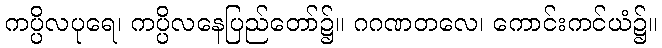
ကပ္ပိလပုရေ၊ ကပ္ပိလနေပြည်တော်၌။ ဂဂဏတလေ၊ ကောင်းကင်ယံ၌။